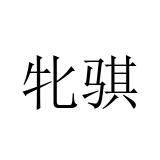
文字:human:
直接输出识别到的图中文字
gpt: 牝骐